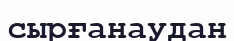
сырғанаудан